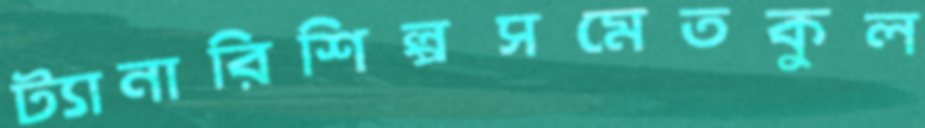
ট্যানারিশিল্পসমেতকুল